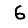
Digit: 6